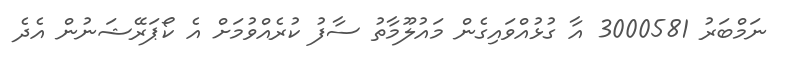
ނަމްބަރު 3000581 އާ ގުޅުއްވައިގެން މައުލޫމާތު ސާފު ކުރެއްވުމަށް އެ ކޯޕަރޭޝަނުން އެދެ